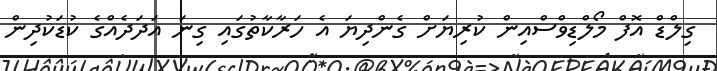
ގިލްޑް އޮފް މޯލްޑިވްސްއިން ކުރިޔަށް ގެންދިޔަ އެ ހަރާކާތުގައި ގިނަ އަދަދެއްގެ ކުޑަކުދިން